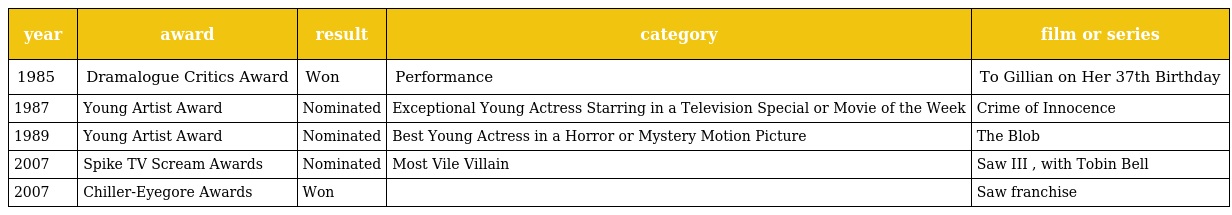
| year | award | result | category | film or series |
 | --- | --- | --- | --- | --- |
 | 1985 | Dramalogue Critics Award | Won | Performance | To Gillian on Her 37th Birthday |
 | 1987 | Young Artist Award | Nominated | Exceptional Young Actress Starring in a Television Special or Movie of the Week | Crime of Innocence |
 | 1989 | Young Artist Award | Nominated | Best Young Actress in a Horror or Mystery Motion Picture | The Blob |
 | 2007 | Spike TV Scream Awards | Nominated | Most Vile Villain | Saw III , with Tobin Bell |
 | 2007 | Chiller-Eyegore Awards | Won |  | Saw franchise |